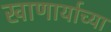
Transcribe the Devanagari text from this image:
खाणार्याच्या